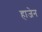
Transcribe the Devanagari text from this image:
हाजेन